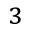
^ 3